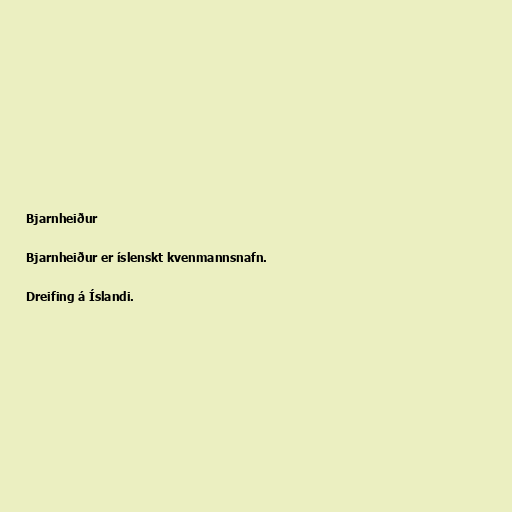
Bjarnheiður

Bjarnheiður er íslenskt kvenmannsnafn.

Dreifing á Íslandi.